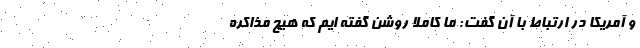
و آمریکا در ارتباط با آن گفت: ما کاملا روشن گفته ایم که هیچ مذاکره